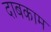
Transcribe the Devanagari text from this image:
दाबकाम